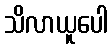
သိလာယူပေါ